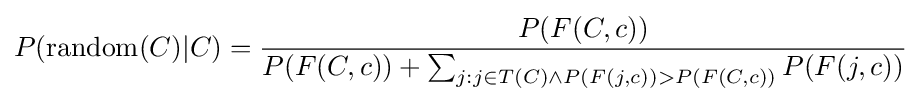
P(\operatorname {random} (C)|C)={\frac {P(F(C,c))}{P(F(C,c))+\sum _{j:j\in T(C)\land P(F(j,c))>P(F(C,c))}P(F(j,c))}}